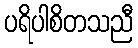
ပရိပါစိတသညီ